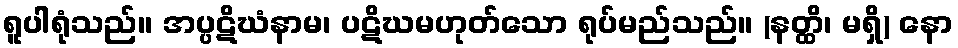
ရူပါရုံသည်။ အပ္ပဋိဃံနာမ၊ ပဋိဃမဟုတ်သော ရုပ်မည်သည်။ (နတ္ထိ၊ မရှိ) နော